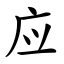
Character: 应